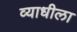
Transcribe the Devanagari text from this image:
व्याधीला